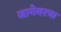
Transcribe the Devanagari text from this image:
जागेवरचा